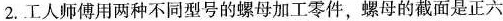
2. 工人师傅用两种不同型号的螺母加工零件，螺母的截面是正六